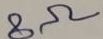
Text: 8Ω